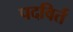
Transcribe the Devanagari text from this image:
पदविर्त